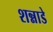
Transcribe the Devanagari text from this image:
शन्नाडे